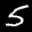
Label: 5